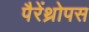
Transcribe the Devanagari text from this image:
पैरेंथ्रोपस